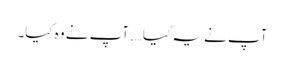
آپ نے یہ کیا….آپ نے وہ کیا۔